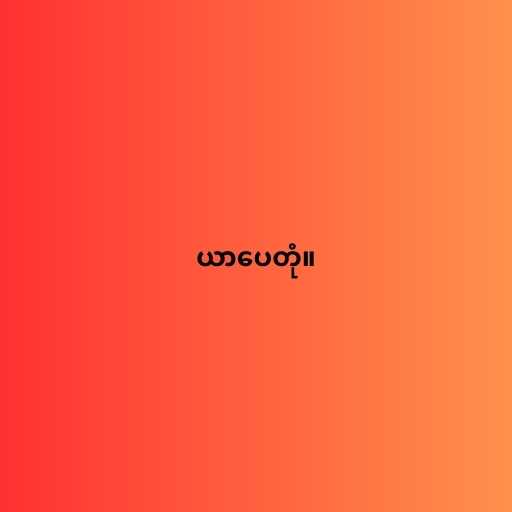
ယာပေတုံ။